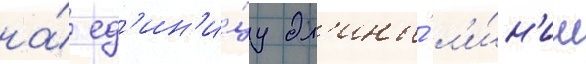
на́ ед'ин'и́цу дл'ины́ л'и́н'ии